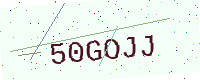
Text: 50GOJJ